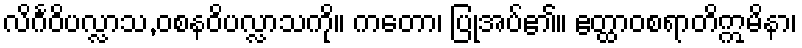
လိင်္ဂဝိပလ္လာသ,ဝစနဝိပလ္လာသကို။ ကတော၊ ပြုအပ်၏။ ဧတ္ထာဝစရာတိဣမိနာ၊